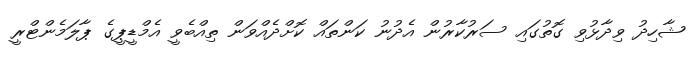
ޝާހިދު ވިދާޅުވި ގޮތުގައި ސަރުކާރުން އެދުނު ކަންތައް ކޮށްދެއްވަން ތިއްބެވީ އެމްޑީޕީގެ ޕާލަމެންޓްރީ